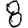
Digit: 8